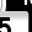
Digit: 5